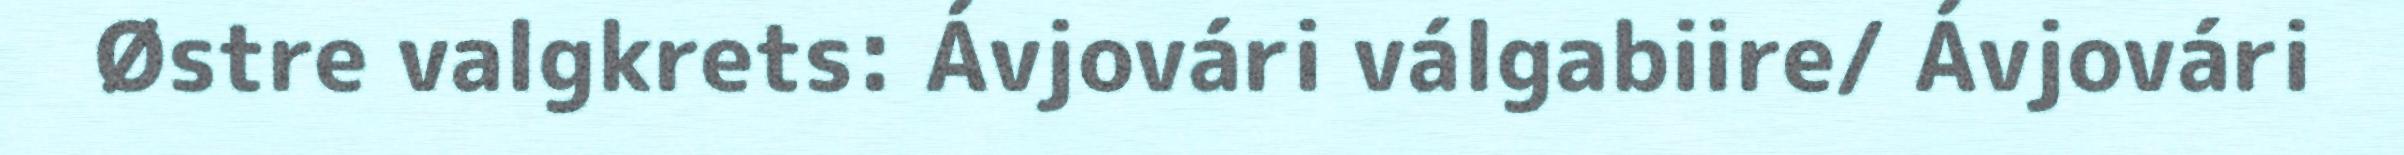
Østre valgkrets: Ávjovári válgabiire/ Ávjovári